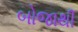
બોજાથી